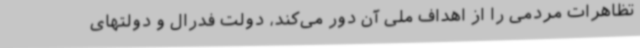
تظاهرات مردمی را از اهداف ملی آن دور می‌کند، دولت فدرال و دولتهای